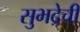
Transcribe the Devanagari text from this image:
सुभद्रेची